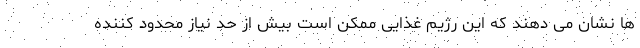
ها نشان می دهند که این رژیم غذایی ممکن است بیش از حد نیاز محدود کننده